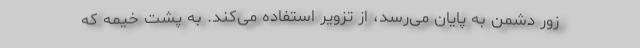
زور دشمن به پایان می‌رسد، از تزویر استفاده می‌کند. به پشت خیمه که